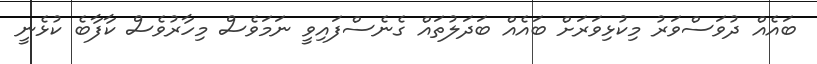
ބައެއް ދުވަސްވަރު މިކުޅިވަރަށް ބައެއް ބަދަލުތައް ގެެނެސްފައިވީ ނަމަވެސް މިހާރުވެސް ކާފާބެ ކުޅެނީ